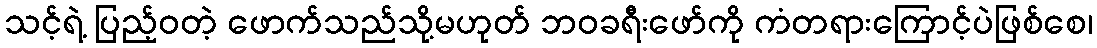
သင့်ရဲ့ ပြည့်ဝတဲ့ ဖောက်သည်သို့မဟုတ် ဘဝခရီးဖော်ကို ကံတရားကြောင့်ပဲဖြစ်စေ၊